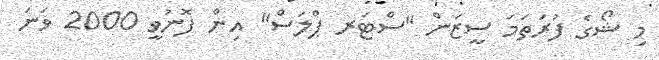
މި ޝޯގެ ފުރަތަމަ ސީޒަން "ސްޓަރ ޕްލަސް" އިން ފޮނުވީ 2000 ވަނަ